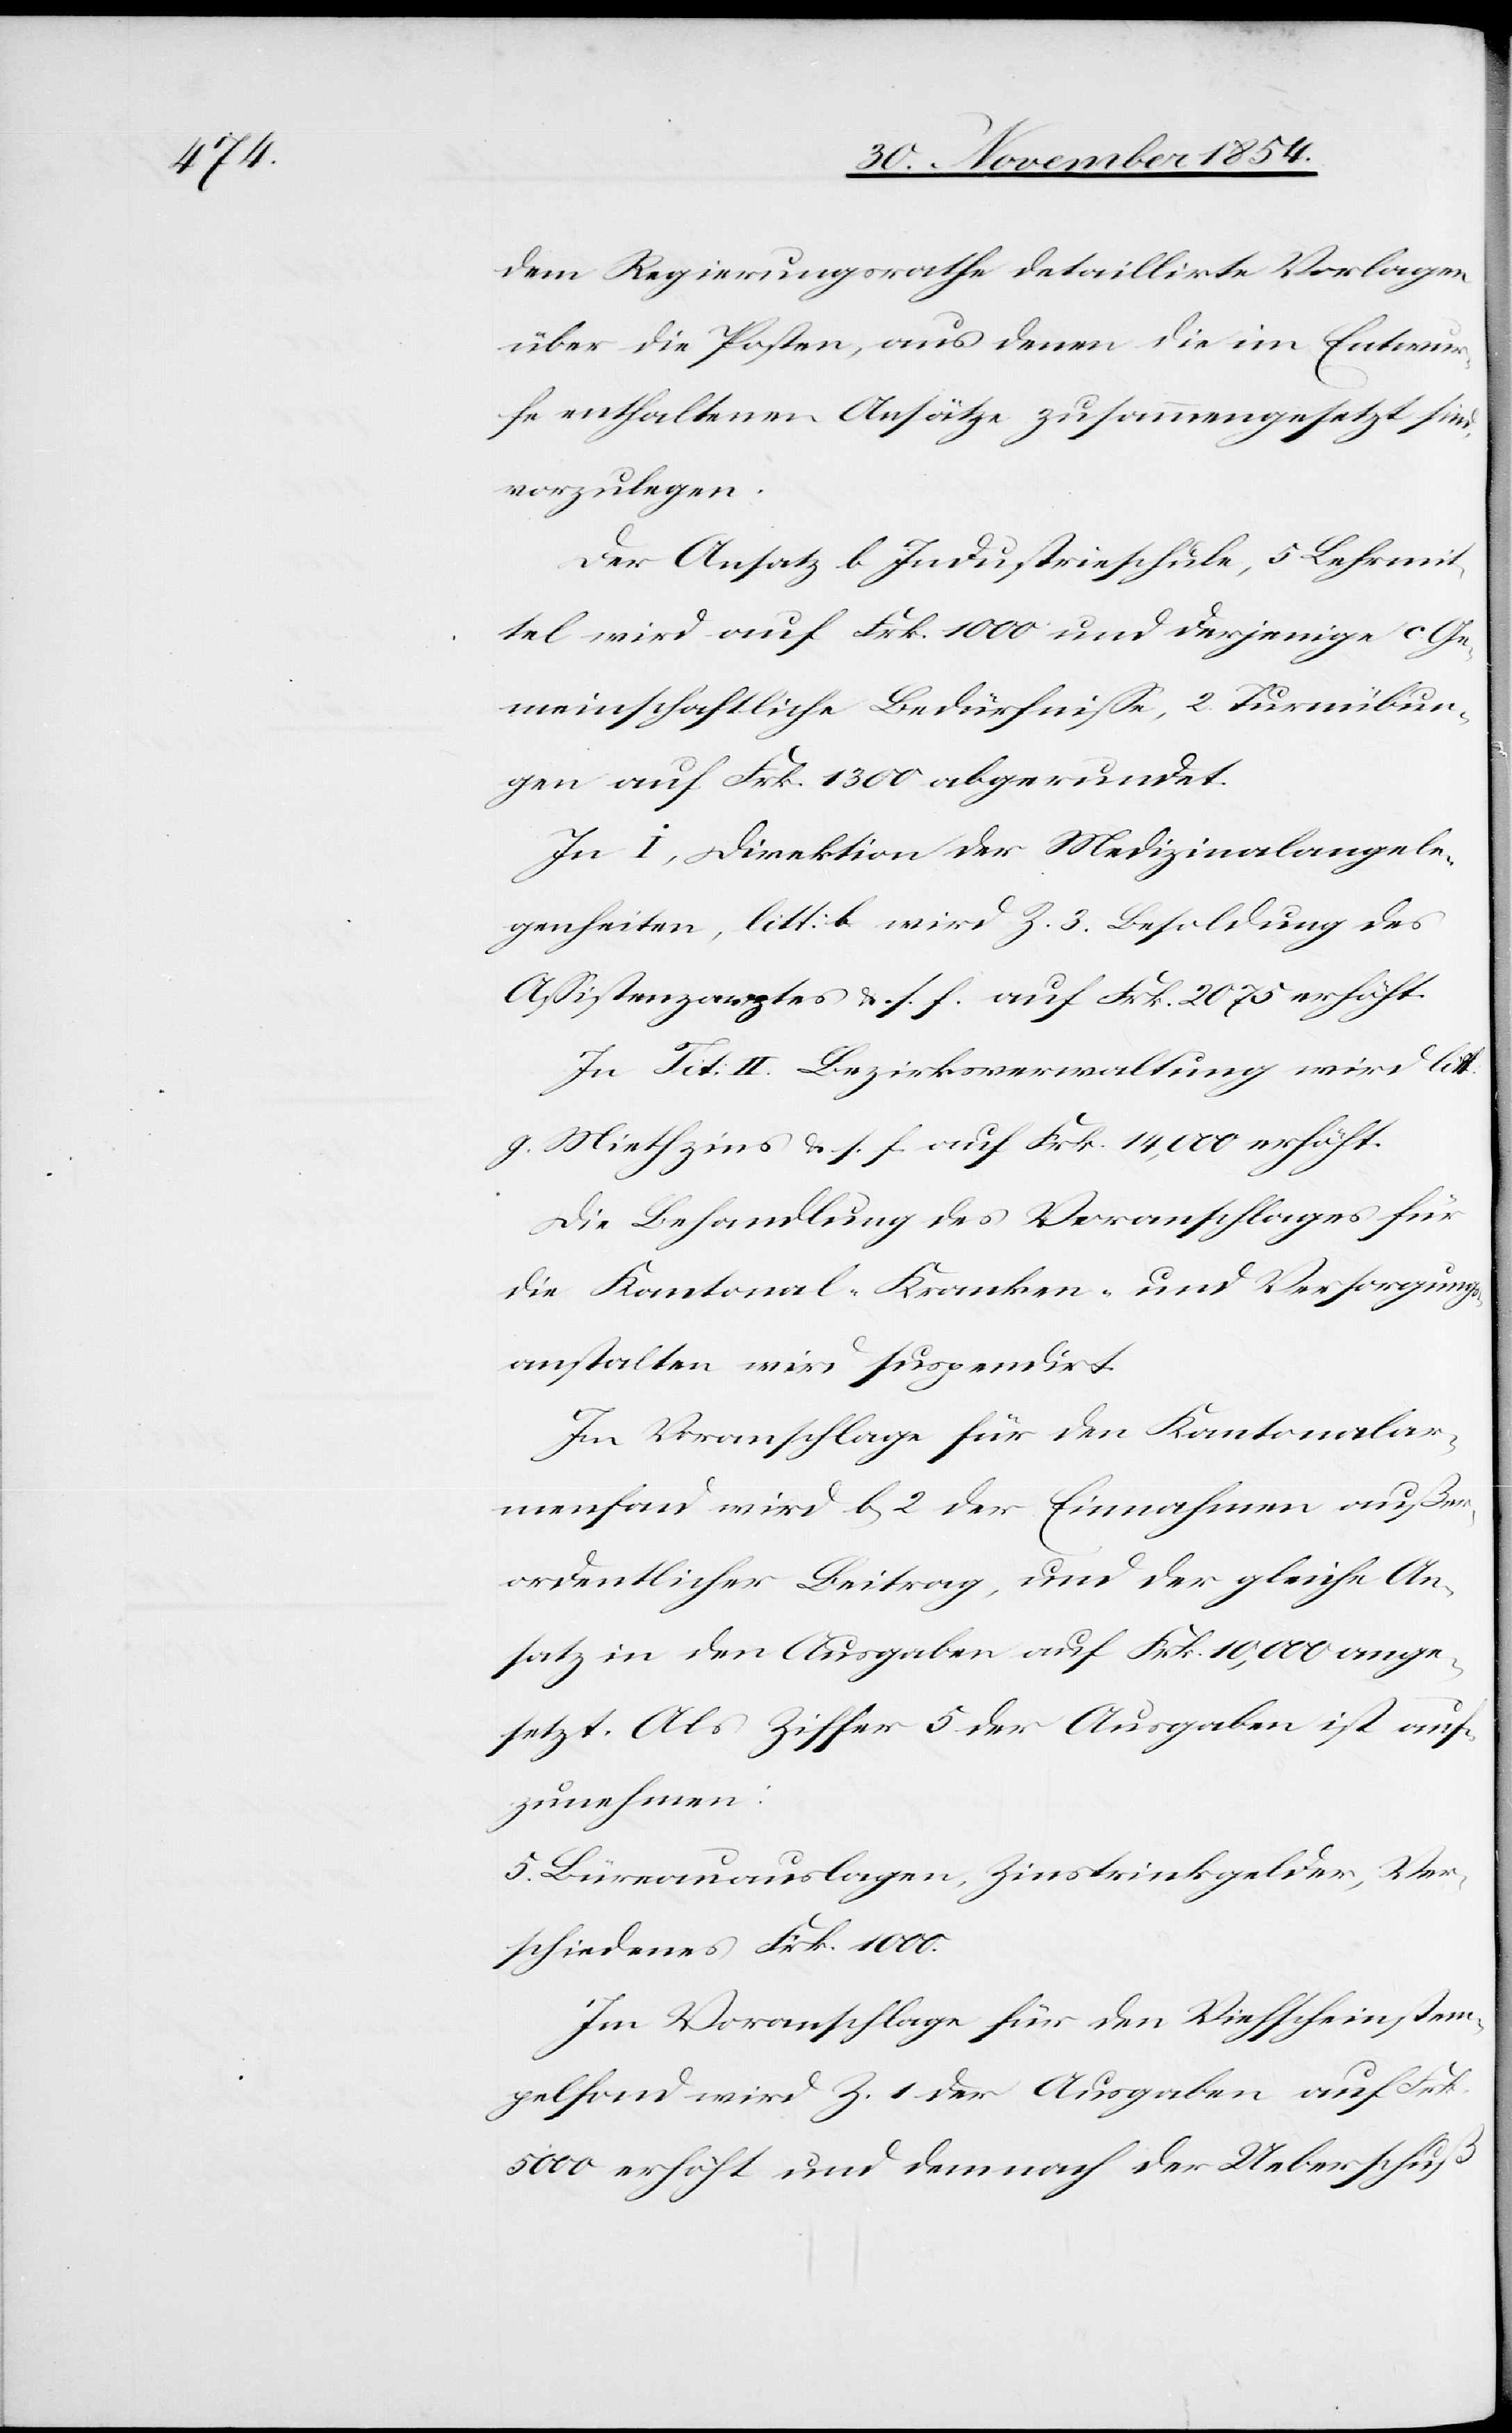
dem Regierungsrathe detaillirte Vorlagen
über die Posten, aus denen die im Entwur¬
fe enthaltenen Ansätze zusammengesetzt sind,
vorzulegen.
Der Ansatz b Industrieschule, 5 Lehrmit¬
tel wird auf Frk. 1000 und derjenige c. Ge¬
meinschaftliche Bedürfniße, 2. Turnübun¬
gen auf Frk. 1300 abgerundet.
In I, Direktion der Medizinalangele¬
genheiten, litt: b wird Z. 3. Besoldung des
Aßistenzarztes u. s. f. auf Frk. 2075 erhöht.
In Tit: II. Bezirksverwaltung wird litt:
g. Miethzins u. s. f. auf Frk. 14,000 erhöht.
Die Behandlung des Voranschlages für
die Kantonal-[,] Kranken- und Versorgungs¬
anstalten wird suspendirt.
Im Voranschlage für den Kantonalar¬
menfond wird b) 2 der Einnahmen außer¬
ordentlicher Beitrag, und der gleiche An¬
satz in den Ausgaben auf Frk. 10,000 ange¬
setzt. Als Ziffer 5 der Ausgaben ist auf¬
zunehmen:
5. Büreauauslagen, Zinstrinkgelder, Ver¬
schiedenes Frk. 1000.
Im Voranschlage für den Viehscheinstem¬
pelfond wird Z. 1 der Ausgaben auf Frk.
5000 erhöht und demnach der Ueberschuß